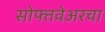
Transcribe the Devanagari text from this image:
सोफ्तवेअरचा